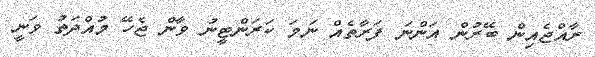
ރާއްޖެއިން ބޭރުން އަންނަ ފަރާތެއް ނަމަ ކަރަންޓީނު ވާން ޖެހޭ މުއްދަތު ވަނީ